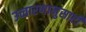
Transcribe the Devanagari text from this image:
उच्चारणानुसारी